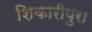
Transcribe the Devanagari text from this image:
शिकारीपुरा